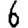
Digit: 6